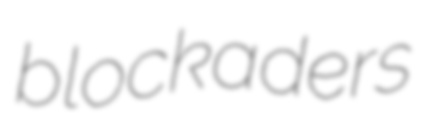
blockaders